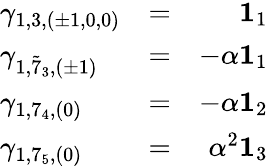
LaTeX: \left.\begin{array}{llr}{{\gamma_{1,3,(\pm 1,0,0)}}}&{{=}}&{{{\mathbf 1}_{1}}}\\ {{\gamma_{1,{\tilde{7}}_{3},(\pm 1)}}}&{{=}}&{{-\alpha{\mathbf 1}_{1}}}\\ {{\gamma_{1,7_{4},(0)}}}&{{=}}&{{-\alpha{\mathbf 1}_{2}}}\\ {{\gamma_{1,7_{5},(0)}}}&{{=}}&{{\alpha^{2}{\mathbf 1}_{3}}}\end{array}\right.